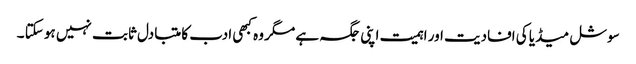
سوشل میڈیا کی افادیت اور اہمیت اپنی جگہ ہے مگر وہ کبھی ادب کا متبادل ثابت نہیں ہو سکتا ۔